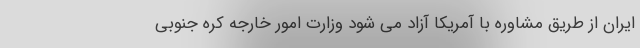
ایران از طریق مشاوره با آمریکا آزاد می شود وزارت امور خارجه کره جنوبی